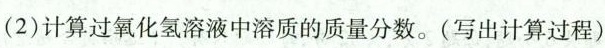
(2)计算过氧化氢溶液中溶质的质量分数。(写出计算过程)